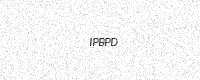
Text: IPBPD